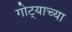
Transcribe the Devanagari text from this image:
गोट्याच्या